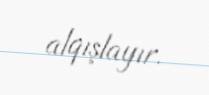
alqışlayır.